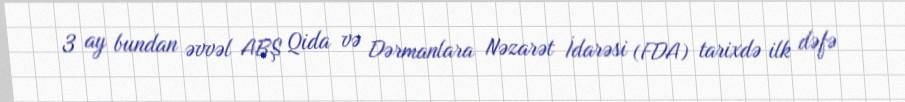
3 ay bundan əvvəl ABŞ Qida və Dərmanlara Nəzarət İdarəsi (FDA) tarixdə ilk dəfə